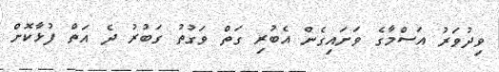
ވިދުވަރު އަސްމާގެ ވަށައިގެން އެބުރި ގަތް ވަގުތު ގަބުރު ދެ އަތް ފުޅާކޮށް